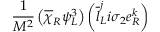
\frac { 1 } { M ^ { 2 } } \left( \overline { { { \chi } } } _ { R } \psi _ { L } ^ { 3 } \right) \left( \overline { { { l } } } _ { L } ^ { j } i \sigma _ { 2 } e _ { R } ^ { k } \right)